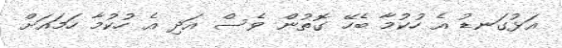
އަޅުގަނޑު އެ ހުކުމާ ބެހޭ ގޮތުން ވެސް އަދި އެ ހުކުމާ ހަމައަށް